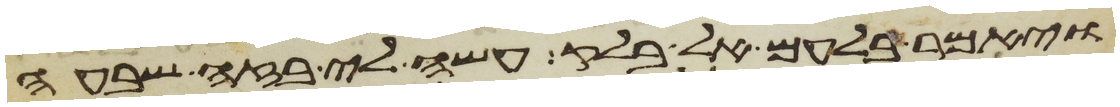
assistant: ויאמר בלעם אל בלק עשה לי בזה שבעה